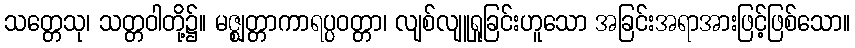
သတ္တေသု၊ သတ္တဝါတို့၌။ မဇ္ဈတ္တာကာရပ္ပဝတ္တာ၊ လျစ်လျူရှုခြင်းဟူသော အခြင်းအရာအားဖြင့်ဖြစ်သော။